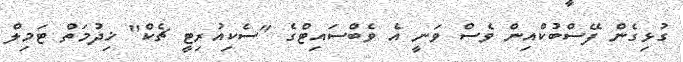
ގުޅިގެން ފޭސްބުކްއިން ވެސް ވަނީ އެ ވެބްސައިޓްގެ "ސެކިއުރިޓީ ޗެކް" ޚިދުމަތް ޓަމިލް